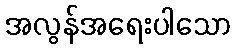
အလွန်အရေးပါသော